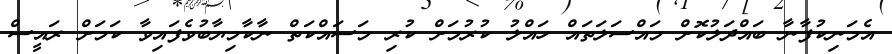
އެމަނިކުފާނާ ބައްދަލުކޮށް މައްސަލަތައް ހައްލު ކުރުމަށް ކުރި މަސައްކަތް ނާކާމިޔާބުވެފައިވާ ކަމަށް ރައީސް